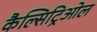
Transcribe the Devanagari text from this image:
कैल्सिट्रिओल